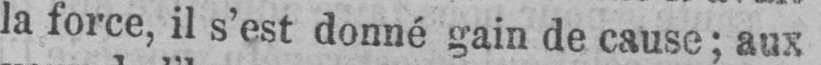
la force, il s’est donné gain de cause; aux